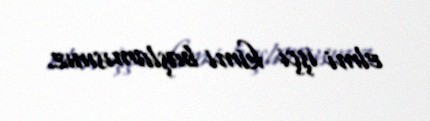
elmi işçi kimi başlamısınız.